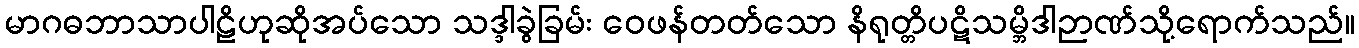
မာဂဓဘာသာပါဠိဟုဆိုအပ်သော သဒ္ဒါခွဲခြမ်း ဝေဖန်တတ်သော နိရုတ္တိပဋိသမ္ဘိဒါဉာဏ်သို့ရောက်သည်။